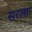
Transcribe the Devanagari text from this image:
सरलाः